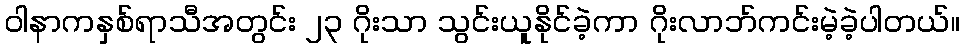
ဝါနာကနှစ်ရာသီအတွင်း ၂၃ ဂိုးသာ သွင်းယူနိုင်ခဲ့ကာ ဂိုးလာဘ်ကင်းမဲ့ခဲ့ပါတယ်။